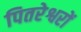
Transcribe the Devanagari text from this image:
पितरेश्वरों